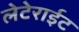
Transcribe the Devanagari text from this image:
लेटेराईट